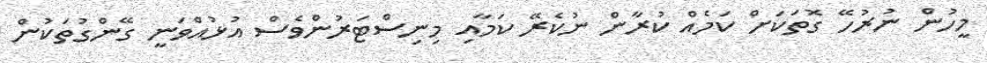
މީހުން ނުރުހޭ ގޮތަކަށް ކަމެއް ކުރާން ނުކެރޭ ކަމާއި މިނިސްޓަރުންވެސް އުޅުއްވަނީ ގޭންގުތަކުން